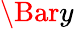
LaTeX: \Bar{y}